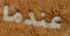
عندما